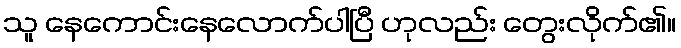
သူ နေကောင်းနေလောက်ပါပြီ ဟုလည်း တွေးလိုက်၏။